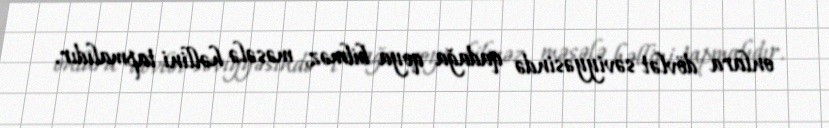
onlara dövlət səviyyəsində qadağa qoya bilməz, məsələ həllini tapmalıdır.